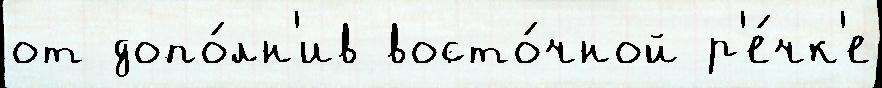
от допо́лн'ив восто́чной р'е́чк'е